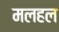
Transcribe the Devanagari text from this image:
मलहल